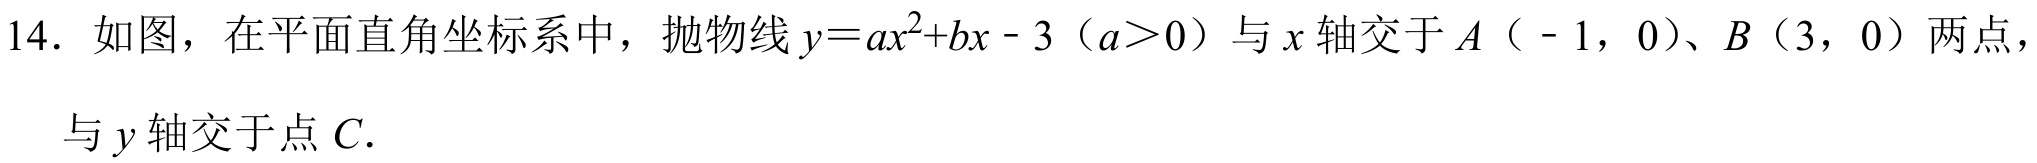
14. 如图，在平面直角坐标系中，抛物线\(y = ax^{2}+bx - 3\)（\(a>0\)）与\(x\)轴交于\(A\)（\(-1,0\)）、\(B\)（\(3,0\)）两点，与\(y\)轴交于点\(C\).